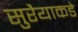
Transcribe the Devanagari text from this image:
सुरैयाकडे